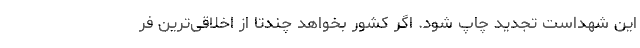
این شهداست تجدید چاپ شود. اگر کشور بخواهد چندتا از اخلاقی‌ترین فر